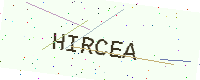
Text: HIRCEA